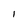
Character: I